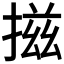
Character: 𢰩